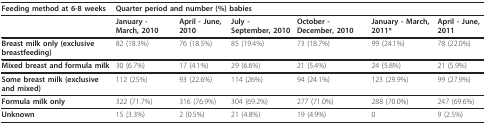
| Feeding method at 6-8 weeks | <COLSPAN=5> Quarter period and number (%) babies |  |
 | --- | --- | --- | --- | --- | --- | --- |
 |  | January - March, 2010 | April - June, 2010 | July - September, 2010 | October - December, 2010 | January - March, 2011* | April - June, 2011 |
 | Breast milk only (exclusive breastfeeding) | 82 (18.3%) | 76 (18.5%) | 85 (19.4%) | 73 (18.7%) | 99 (24.1%) | 78 (22.0%) |
 | Mixed breast and formula milk | 30 (6.7%) | 17 (4.1%) | 29 (6.6%) | 21 (5.4%) | 24 (5.8%) | 21 (5.9%) |
 | Some breast milk (exclusive and mixed) | 112 (25%) | 93 (22.6%) | 114 (26%) | 94 (24.1%) | 123 (29.9%) | 99 (27.9%) |
 | Formula milk only | 322 (71.7%) | 316 (76.9%) | 304 (69.2%) | 277 (71.0%) | 288 (70.0%) | 247 (69.6%) |
 | Unknown | 15 (3.3%) | 2 (0.5%) | 21 (4.8%) | 19 (4.9%) | 0 | 9 (2.5%) |